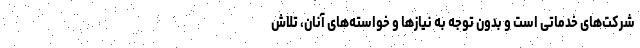
شرکت‌های خدماتی است و بدون توجه به نیازها و خواسته‌های آنان، تلاش